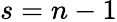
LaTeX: s=n-1